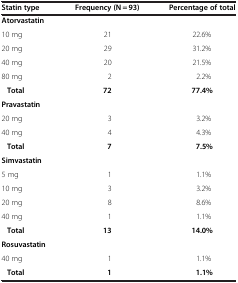
<table><thead><tr><td><b>Statin type</b></td><td><b>Frequency (N = 93)</b></td><td><b>Percentage of total</b></td></tr></thead><tbody><tr><td><b>Atorvastatin</b></td><td> </td><td> </td></tr><tr><td>10 mg</td><td>21</td><td>22.6%</td></tr><tr><td>20 mg</td><td>29</td><td>31.2%</td></tr><tr><td>40 mg</td><td>20</td><td>21.5%</td></tr><tr><td>80 mg</td><td>2</td><td>2.2%</td></tr><tr><td> <b> Total</b></td><td><b>72</b></td><td><b>77.4%</b></td></tr><tr><td><b>Pravastatin</b></td><td> </td><td> </td></tr><tr><td>20 mg</td><td>3</td><td>3.2%</td></tr><tr><td>40 mg</td><td>4</td><td>4.3%</td></tr><tr><td> <b> Total</b></td><td><b>7</b></td><td><b>7.5%</b></td></tr><tr><td><b>Simvastatin</b></td><td> </td><td> </td></tr><tr><td>5 mg</td><td>1</td><td>1.1%</td></tr><tr><td>10 mg</td><td>3</td><td>3.2%</td></tr><tr><td>20 mg</td><td>8</td><td>8.6%</td></tr><tr><td>40 mg</td><td>1</td><td>1.1%</td></tr><tr><td> <b> Total</b></td><td><b>13</b></td><td><b>14.0%</b></td></tr><tr><td><b>Rosuvastatin</b></td><td> </td><td> </td></tr><tr><td>40 mg</td><td>1</td><td>1.1%</td></tr><tr><td> <b> Total</b></td><td><b>1</b></td><td><b>1.1%</b></td></tr></tbody></table>